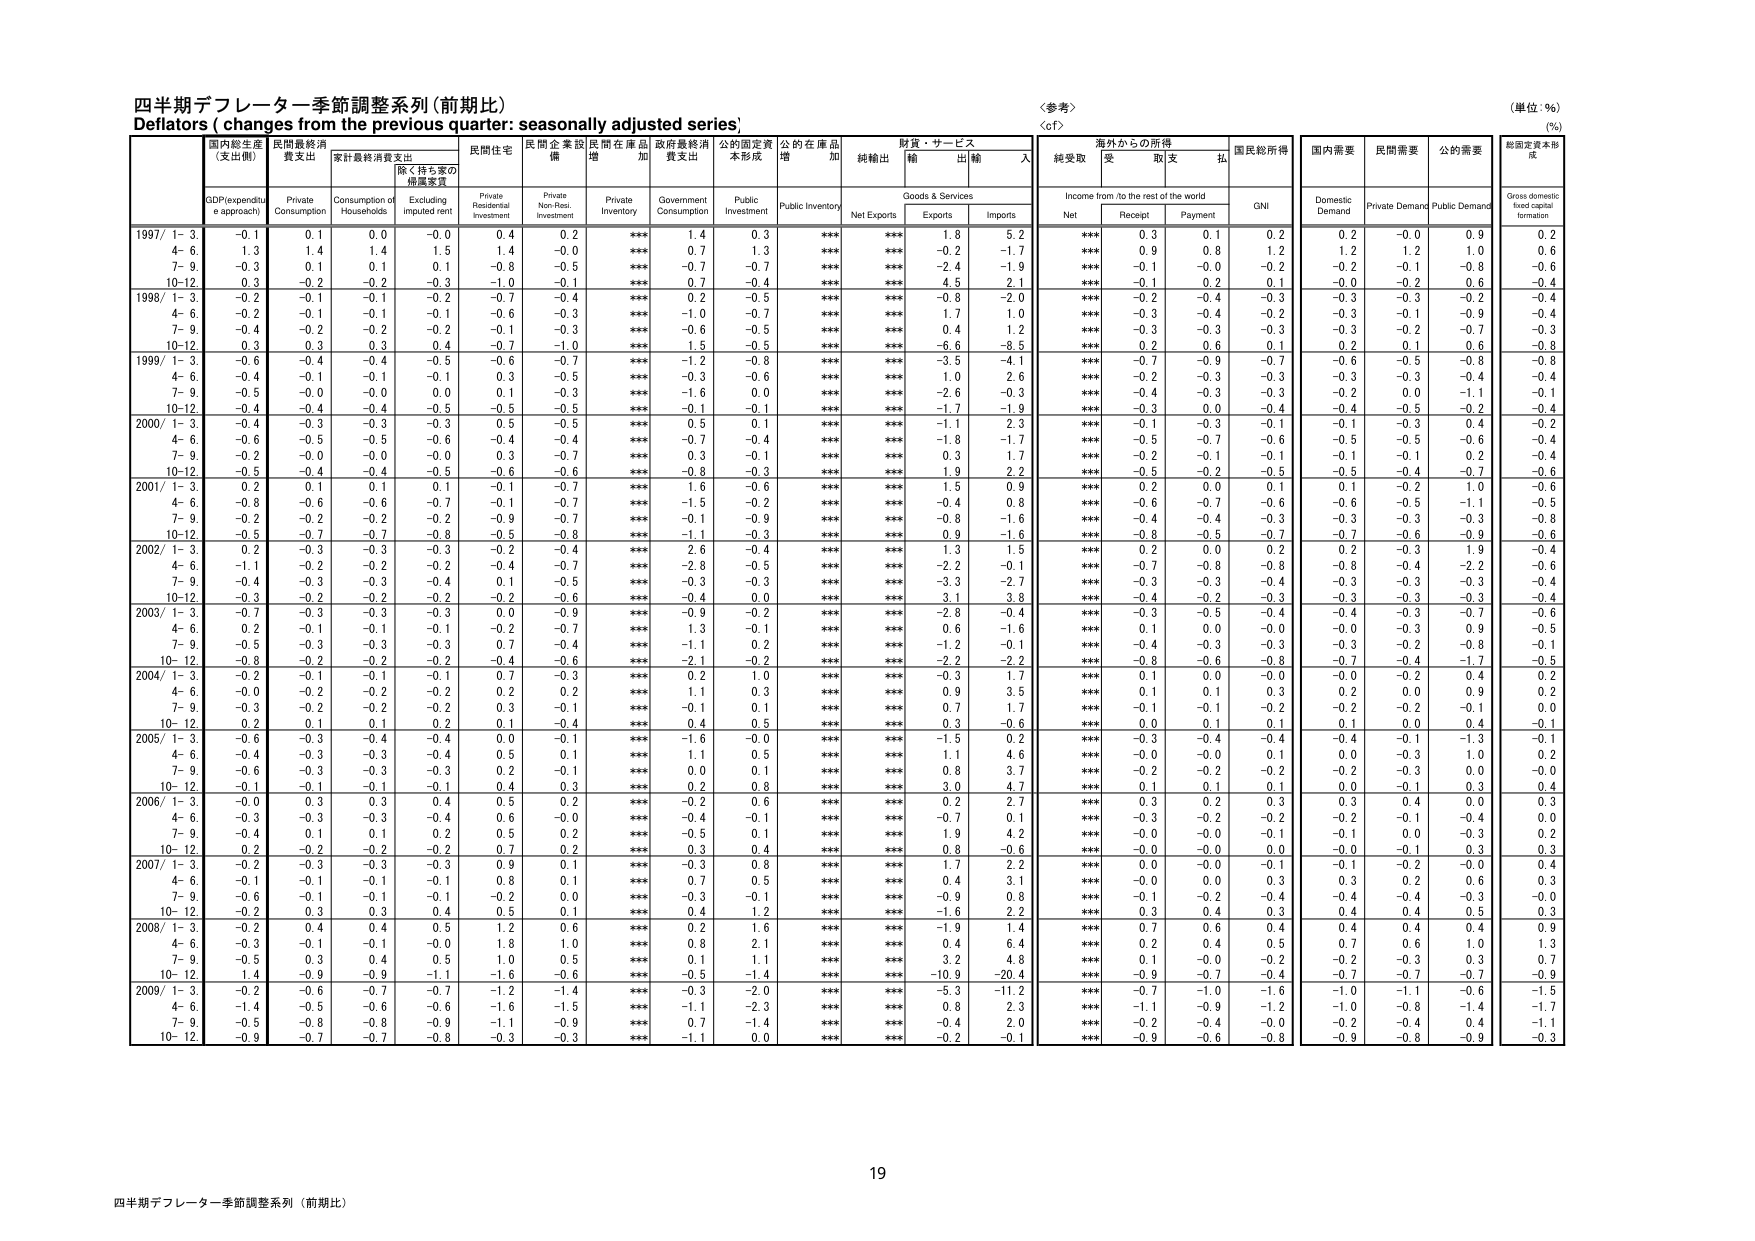
四半期デフレーター季節調整系列（前期比）
Deflators ( changes from the previous quarter: seasonally adjusted series)
〈参考〉
（単位：％）
（%）

国内総生産
（支出側）
民間最終消費支出
家計最終消費支出
除く持ち家の
帰属家賃
民間住宅
民間企業設備
民間在庫品増加
政府最終消費支出
公的固定資本形成
公的在庫品増加
純輸出
財貨・サービス
輸出
輸入
海外からの所得
受取
支払
国民総所得
国内需要
民間需要
公的需要
総固定資本形成

GDP(expenditure approach)
Private Consumption
Consumption of Households
Excluding imputed rent
Private Residential Investment
Private Non-Resi. Investment
Private Inventory
Government Consumption
Public Investment
Public Inventory
Net Exports
Goods & Services
Exports
Imports
Income from /to the rest of the world
Net
Receipt
Payment
GNI
Domestic Demand
Private Demand
Public Demand
Gross domestic fixed capital formation

1997/ 1- 3
-0.1
0.1
0.0
-0.0
0.4
0.2
***
1.4
0.3
***
***
1.8
5.2
***
0.3
0.1
0.2
0.2
0.2
-0.0
0.9
0.2
4- 6
1.3
1.4
1.4
1.5
1.4
-0.0
***
0.7
1.3
***
***
-0.2
-1.7
***
0.9
0.8
1.2
1.2
1.2
1.0
0.6
7- 9
-0.3
0.1
0.1
0.1
-0.8
-0.5
***
-0.7
-0.7
***
***
-2.4
-1.9
***
-0.1
-0.0
-0.2
-0.2
-0.1
-0.8
-0.6
10-12
0.3
-0.2
-0.2
-0.3
-1.0
-0.1
***
0.7
-0.4
***
***
4.5
2.1
***
-0.1
0.2
0.1
-0.0
-0.2
0.6
-0.4

1998/ 1- 3
-0.2
-0.1
-0.1
-0.2
-0.7
-0.4
***
0.2
-0.5
***
***
-0.8
-2.0
***
-0.2
-0.4
-0.3
-0.3
-0.3
-0.2
-0.4
4- 6
-0.2
-0.1
-0.1
-0.1
-0.6
-0.3
***
-1.0
-0.7
***
***
1.7
1.0
***
-0.3
-0.4
-0.2
-0.3
-0.1
-0.9
-0.4
7- 9
-0.4
-0.2
-0.2
-0.2
-0.1
-0.3
***
-0.6
-0.5
***
***
0.4
1.2
***
-0.3
-0.3
-0.3
-0.3
-0.2
-0.7
-0.3
10-12
0.3
0.3
0.3
0.4
-0.7
-1.0
***
1.5
-0.5
***
***
-6.6
-8.5
***
0.2
0.6
0.1
0.2
0.1
0.6
-0.8

1999/ 1- 3
-0.6
-0.4
-0.4
-0.5
-0.6
-0.7
***
-1.2
-0.8
***
***
-3.5
-4.1
***
-0.7
-0.9
-0.7
-0.6
-0.5
-0.8
-0.8
4- 6
-0.4
-0.1
-0.1
-0.1
0.3
-0.5
***
-0.3
-0.6
***
***
1.0
2.6
***
-0.2
-0.3
-0.3
-0.3
-0.3
-0.4
-0.4
7- 9
-0.5
-0.0
-0.0
0.0
0.1
-0.3
***
-1.6
0.0
***
***
-2.6
-0.3
***
-0.4
-0.3
-0.3
-0.2
0.0
-1.1
-0.1
10-12
-0.4
-0.4
-0.4
-0.5
-0.5
-0.5
***
-0.1
-0.1
***
***
-1.7
-1.9
***
-0.3
0.0
-0.4
-0.4
-0.5
-0.2
-0.4

2000/ 1- 3
-0.4
-0.3
-0.3
-0.3
0.5
-0.5
***
0.5
0.1
***
***
-1.1
2.3
***
-0.1
-0.3
-0.1
-0.1
-0.3
0.4
-0.2
4- 6
-0.6
-0.5
-0.5
-0.6
-0.4
-0.4
***
-0.7
-0.4
***
***
-1.8
-1.7
***
-0.5
-0.7
-0.6
-0.5
-0.5
-0.6
-0.4
7- 9
-0.2
-0.0
-0.0
-0.0
0.3
-0.7
***
0.3
-0.1
***
***
0.3
1.7
***
-0.2
-0.1
-0.1
-0.1
-0.1
0.2
-0.4
10-12
-0.5
-0.4
-0.4
-0.5
-0.6
-0.6
***
-0.8
-0.3
***
***
1.9
2.2
***
-0.5
-0.2
-0.5
-0.5
-0.4
-0.7
-0.6

2001/ 1- 3
0.2
0.1
0.1
0.1
-0.1
-0.7
***
1.6
-0.6
***
***
1.5
0.9
***
0.2
0.0
0.1
0.1
-0.2
1.0
-0.6
4- 6
-0.8
-0.6
-0.6
-0.7
-0.1
-0.7
***
-1.5
-0.2
***
***
-0.4
0.8
***
-0.6
-0.7
-0.6
-0.6
-0.5
-1.1
-0.5
7- 9
-0.2
-0.2
-0.2
-0.2
-0.9
-0.7
***
-0.1
-0.9
***
***
-0.8
-1.6
***
-0.4
-0.4
-0.3
-0.3
-0.3
-0.3
-0.8
10-12
-0.5
-0.7
-0.7
-0.8
-0.5
-0.8
***
-1.1
-0.3
***
***
0.9
-1.6
***
-0.8
-0.5
-0.7
-0.7
-0.6
-0.9
-0.6

2002/ 1- 3
0.2
-0.3
-0.3
-0.3
-0.2
-0.4
***
2.6
-0.4
***
***
1.3
1.5
***
0.2
0.0
0.2
0.2
-0.3
1.9
-0.4
4- 6
-1.1
-0.2
-0.2
-0.2
-0.4
-0.7
***
-2.8
-0.5
***
***
-2.2
-0.1
***
-0.7
-0.8
-0.8
-0.8
-0.4
-2.2
-0.6
7- 9
-0.4
-0.3
-0.3
-0.4
0.1
-0.5
***
-0.3
-0.3
***
***
-3.3
-2.7
***
-0.3
-0.3
-0.4
-0.3
-0.3
-0.3
-0.4
10-12
-0.3
-0.2
-0.2
-0.2
-0.2
-0.6
***
-0.4
0.0
***
***
3.1
3.8
***
-0.4
-0.2
-0.3
-0.3
-0.3
-0.3
-0.4

2003/ 1- 3
-0.7
-0.3
-0.3
-0.3
0.0
-0.9
***
-0.9
-0.2
***
***
-2.8
-0.4
***
-0.3
-0.5
-0.4
-0.4
-0.3
-0.7
-0.6
4- 6
0.2
-0.1
-0.1
-0.1
-0.2
-0.7
***
1.3
-0.1
***
***
0.6
-1.6
***
0.1
0.0
-0.0
-0.0
-0.3
0.9
-0.5
7- 9
-0.5
-0.3
-0.3
-0.3
0.7
-0.4
***
-1.1
0.2
***
***
-1.2
-0.1
***
-0.4
-0.3
-0.3
-0.3
-0.2
-0.8
-0.1
10- 12
-0.8
-0.2
-0.2
-0.2
-0.4
-0.6
***
-2.1
-0.2
***
***
-2.2
-2.2
***
-0.8
-0.6
-0.8
-0.7
-0.4
-1.7
-0.5

2004/ 1- 3
-0.2
-0.1
-0.1
-0.1
0.7
-0.3
***
0.2
1.0
***
***
-0.3
1.7
***
0.1
0.0
-0.0
-0.0
-0.2
0.4
0.2
4- 6
-0.0
-0.2
-0.2
-0.2
0.2
0.2
***
1.1
0.3
***
***
0.9
3.5
***
0.1
0.1
0.3
0.2
0.0
0.9
0.2
7- 9
-0.3
-0.2
-0.2
-0.2
0.3
-0.1
***
-0.1
0.1
***
***
0.7
1.7
***
-0.1
-0.1
-0.2
-0.2
-0.2
-0.1
0.0
10- 12
0.2
0.1
0.1
0.2
0.1
-0.4
***
0.4
0.5
***
***
0.3
-0.6
***
0.0
0.1
0.1
0.1
0.0
0.4
-0.1

2005/ 1- 3
-0.6
-0.3
-0.4
-0.4
0.0
-0.1
***
-1.6
-0.0
***
***
-1.5
0.2
***
-0.3
-0.4
-0.4
-0.4
-0.1
-1.3
-0.1
4- 6
-0.4
-0.3
-0.3
-0.4
0.5
0.1
***
1.1
0.5
***
***
1.1
4.6
***
-0.0
-0.0
0.1
0.0
-0.3
1.0
0.2
7- 9
-0.6
-0.3
-0.3
-0.3
0.2
-0.1
***
0.0
0.1
***
***
0.8
3.7
***
-0.2
-0.2
-0.2
-0.2
-0.3
0.0
-0.0
10- 12
-0.1
-0.1
-0.1
-0.1
0.4
0.3
***
0.2
0.8
***
***
3.0
4.7
***
0.1
0.1
0.1
0.0
-0.1
0.3
0.4

2006/ 1- 3
-0.0
0.3
0.3
0.4
0.5
0.2
***
-0.2
0.6
***
***
0.2
2.7
***
0.3
0.2
0.3
0.3
0.4
0.0
0.3
4- 6
-0.3
-0.3
-0.3
-0.4
0.6
-0.0
***
-0.4
-0.1
***
***
-0.7
0.1
***
-0.3
-0.2
-0.2
-0.2
-0.1
-0.4
0.0
7- 9
-0.4
0.1
0.1
0.2
0.5
0.2
***
-0.5
0.1
***
***
1.9
4.2
***
-0.0
-0.0
-0.1
-0.1
0.0
-0.3
0.2
10- 12
0.2
-0.2
-0.2
-0.2
0.7
0.2
***
0.3
0.4
***
***
0.8
-0.6
***
-0.0
-0.0
0.0
-0.0
-0.1
0.3
0.3

2007/ 1- 3
-0.2
-0.3
-0.3
-0.3
0.9
0.1
***
-0.3
0.8
***
***
1.7
2.2
***
0.0
-0.0
-0.1
-0.1
-0.2
-0.0
0.4
4- 6
-0.1
-0.1
-0.1
-0.1
0.8
0.1
***
0.7
0.5
***
***
0.4
3.1
***
-0.0
0.0
0.3
0.3
0.2
0.6
0.3
7- 9
-0.6
-0.1
-0.1
-0.1
-0.2
0.0
***
-0.3
-0.1
***
***
-0.9
0.8
***
-0.1
-0.2
-0.4
-0.4
-0.4
-0.3
-0.0
10- 12
-0.2
0.3
0.3
0.4
0.5
0.1
***
0.4
1.2
***
***
-1.6
2.2
***
0.3
0.4
0.3
0.4
0.4
0.5
0.3

2008/ 1- 3
-0.2
0.4
0.4
0.5
1.2
0.6
***
0.2
1.6
***
***
-1.9
1.4
***
0.7
0.6
0.4
0.4
0.4
0.4
0.9
4- 6
-0.3
-0.1
-0.1
-0.0
1.8
1.0
***
0.8
2.1
***
***
0.4
6.4
***
0.2
0.4
0.5
0.7
0.6
1.0
1.3
7- 9
-0.5
0.3
0.4
0.5
1.0
0.5
***
0.1
1.1
***
***
3.2
4.8
***
0.1
-0.0
-0.2
-0.2
-0.3
0.3
0.7
10- 12
1.4
-0.9
-0.9
-1.1
-1.6
-0.6
***
-0.5
-1.4
***
***
-10.9
-20.4
***
-0.9
-0.7
-0.4
-0.7
-0.7
-0.7
-0.9

2009/ 1- 3
-0.2
-0.6
-0.7
-0.7
-1.2
-1.4
***
-0.3
-2.0
***
***
-5.3
-11.2
***
-0.7
-1.0
-1.6
-1.0
-1.1
-0.6
-1.5
4- 6
-1.4
-0.5
-0.6
-0.6
-1.6
-1.5
***
-1.1
-2.3
***
***
0.8
2.3
***
-1.1
-0.9
-1.2
-1.0
-0.8
-1.4
-1.7
7- 9
-0.5
-0.8
-0.8
-0.9
-1.1
-0.9
***
0.7
-1.4
***
***
-0.4
2.0
***
-0.2
-0.4
-0.0
-0.2
-0.4
0.4
-1.1
10- 12
-0.9
-0.7
-0.7
-0.8
-0.3
-0.3
***
-1.1
0.0
***
***
-0.2
-0.1
***
-0.9
-0.6
-0.8
-0.9
-0.8
-0.9
-0.3

19
四半期デフレーター季節調整系列（前期比）